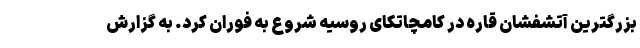
بزرگترین آتشفشان قاره در کامچاتکای روسیه شروع به فوران کرد. به گزارش